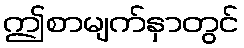
ဤစာမျက်နှာတွင်